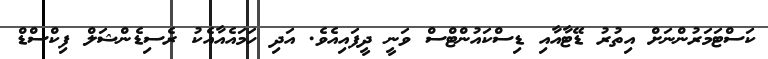
ކަސްޓަމަރުންނަށް އިތުރު ޑޭޓާއާއި ޑިސްކައުންޓްސް ވަނީ ދީފައިއެވެ. އަދި ހަމައެއާއެކު ރެސިޑެންޝަލް ފިކްސްޑް